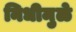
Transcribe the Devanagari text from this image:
निधीमुळे